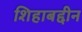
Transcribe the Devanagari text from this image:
शिहाबद्दीन